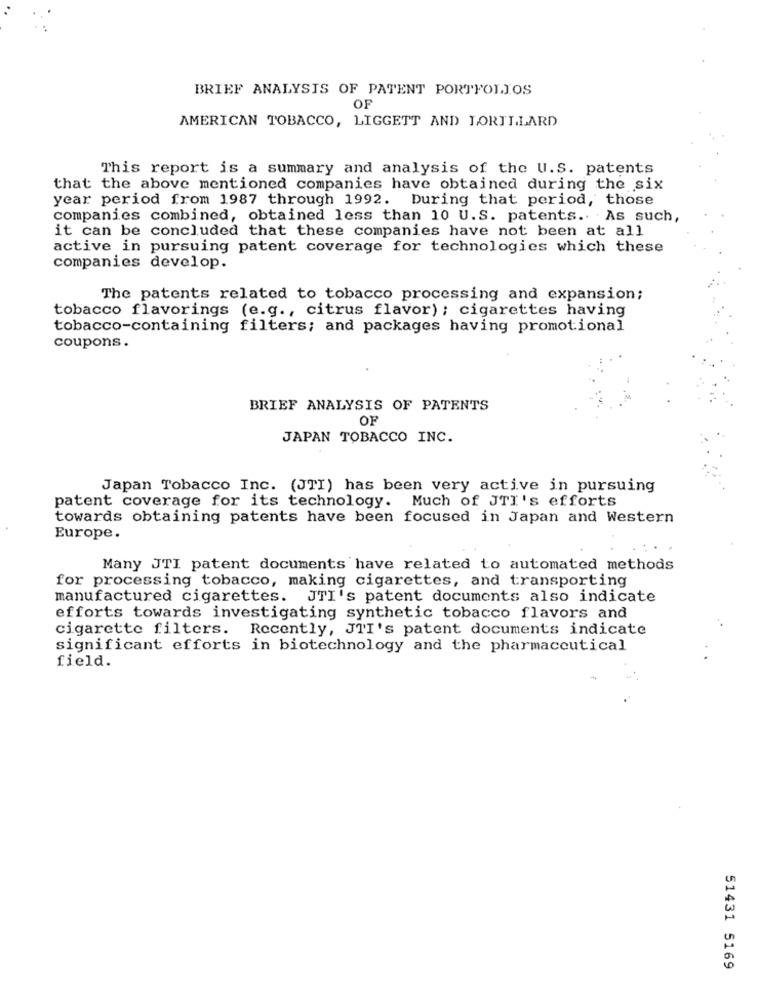
BRIEF ANALYSIS OF PATENT PORTFOLIOS
OF
AMERICAN TOBACCO, LIGGETT AND LORILLARD
This report is a summary and analysis of the U.S. patents
that the above mentioned companies have obtained during the six
year period from 1987 through 1992. During that period, those
companies combined, obtained less than 10 U.S. patents. As such,
it can be concluded that these companies have not been at all
active in pursuing patent coverage for technologies which these
companies develop.
The patents related to tobacco processing and expansion;
tobacco flavorings (e.g ., citrus flavor); cigarettes having
tobacco-containing filters; and packages having promotional
coupons.
BRIEF ANALYSIS OF PATENTS
OF
JAPAN TOBACCO INC.
Japan Tobacco Inc. (JTI) has been very active in pursuing
patent coverage for its technology. Much of JTI's efforts
towards obtaining patents have been focused in Japan and Western
Europe.
Many JTI patent documents have related to automated methods
for processing tobacco, making cigarettes, and transporting
manufactured cigarettes. JTI's patent documents also indicate
efforts towards investigating synthetic tobacco flavors and
cigarette filters. Recently, JTI's patent documents indicate
significant efforts in biotechnology and the pharmaceutical
field.
51431 5169